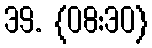
39. {08:30}